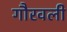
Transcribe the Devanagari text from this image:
गौरवली